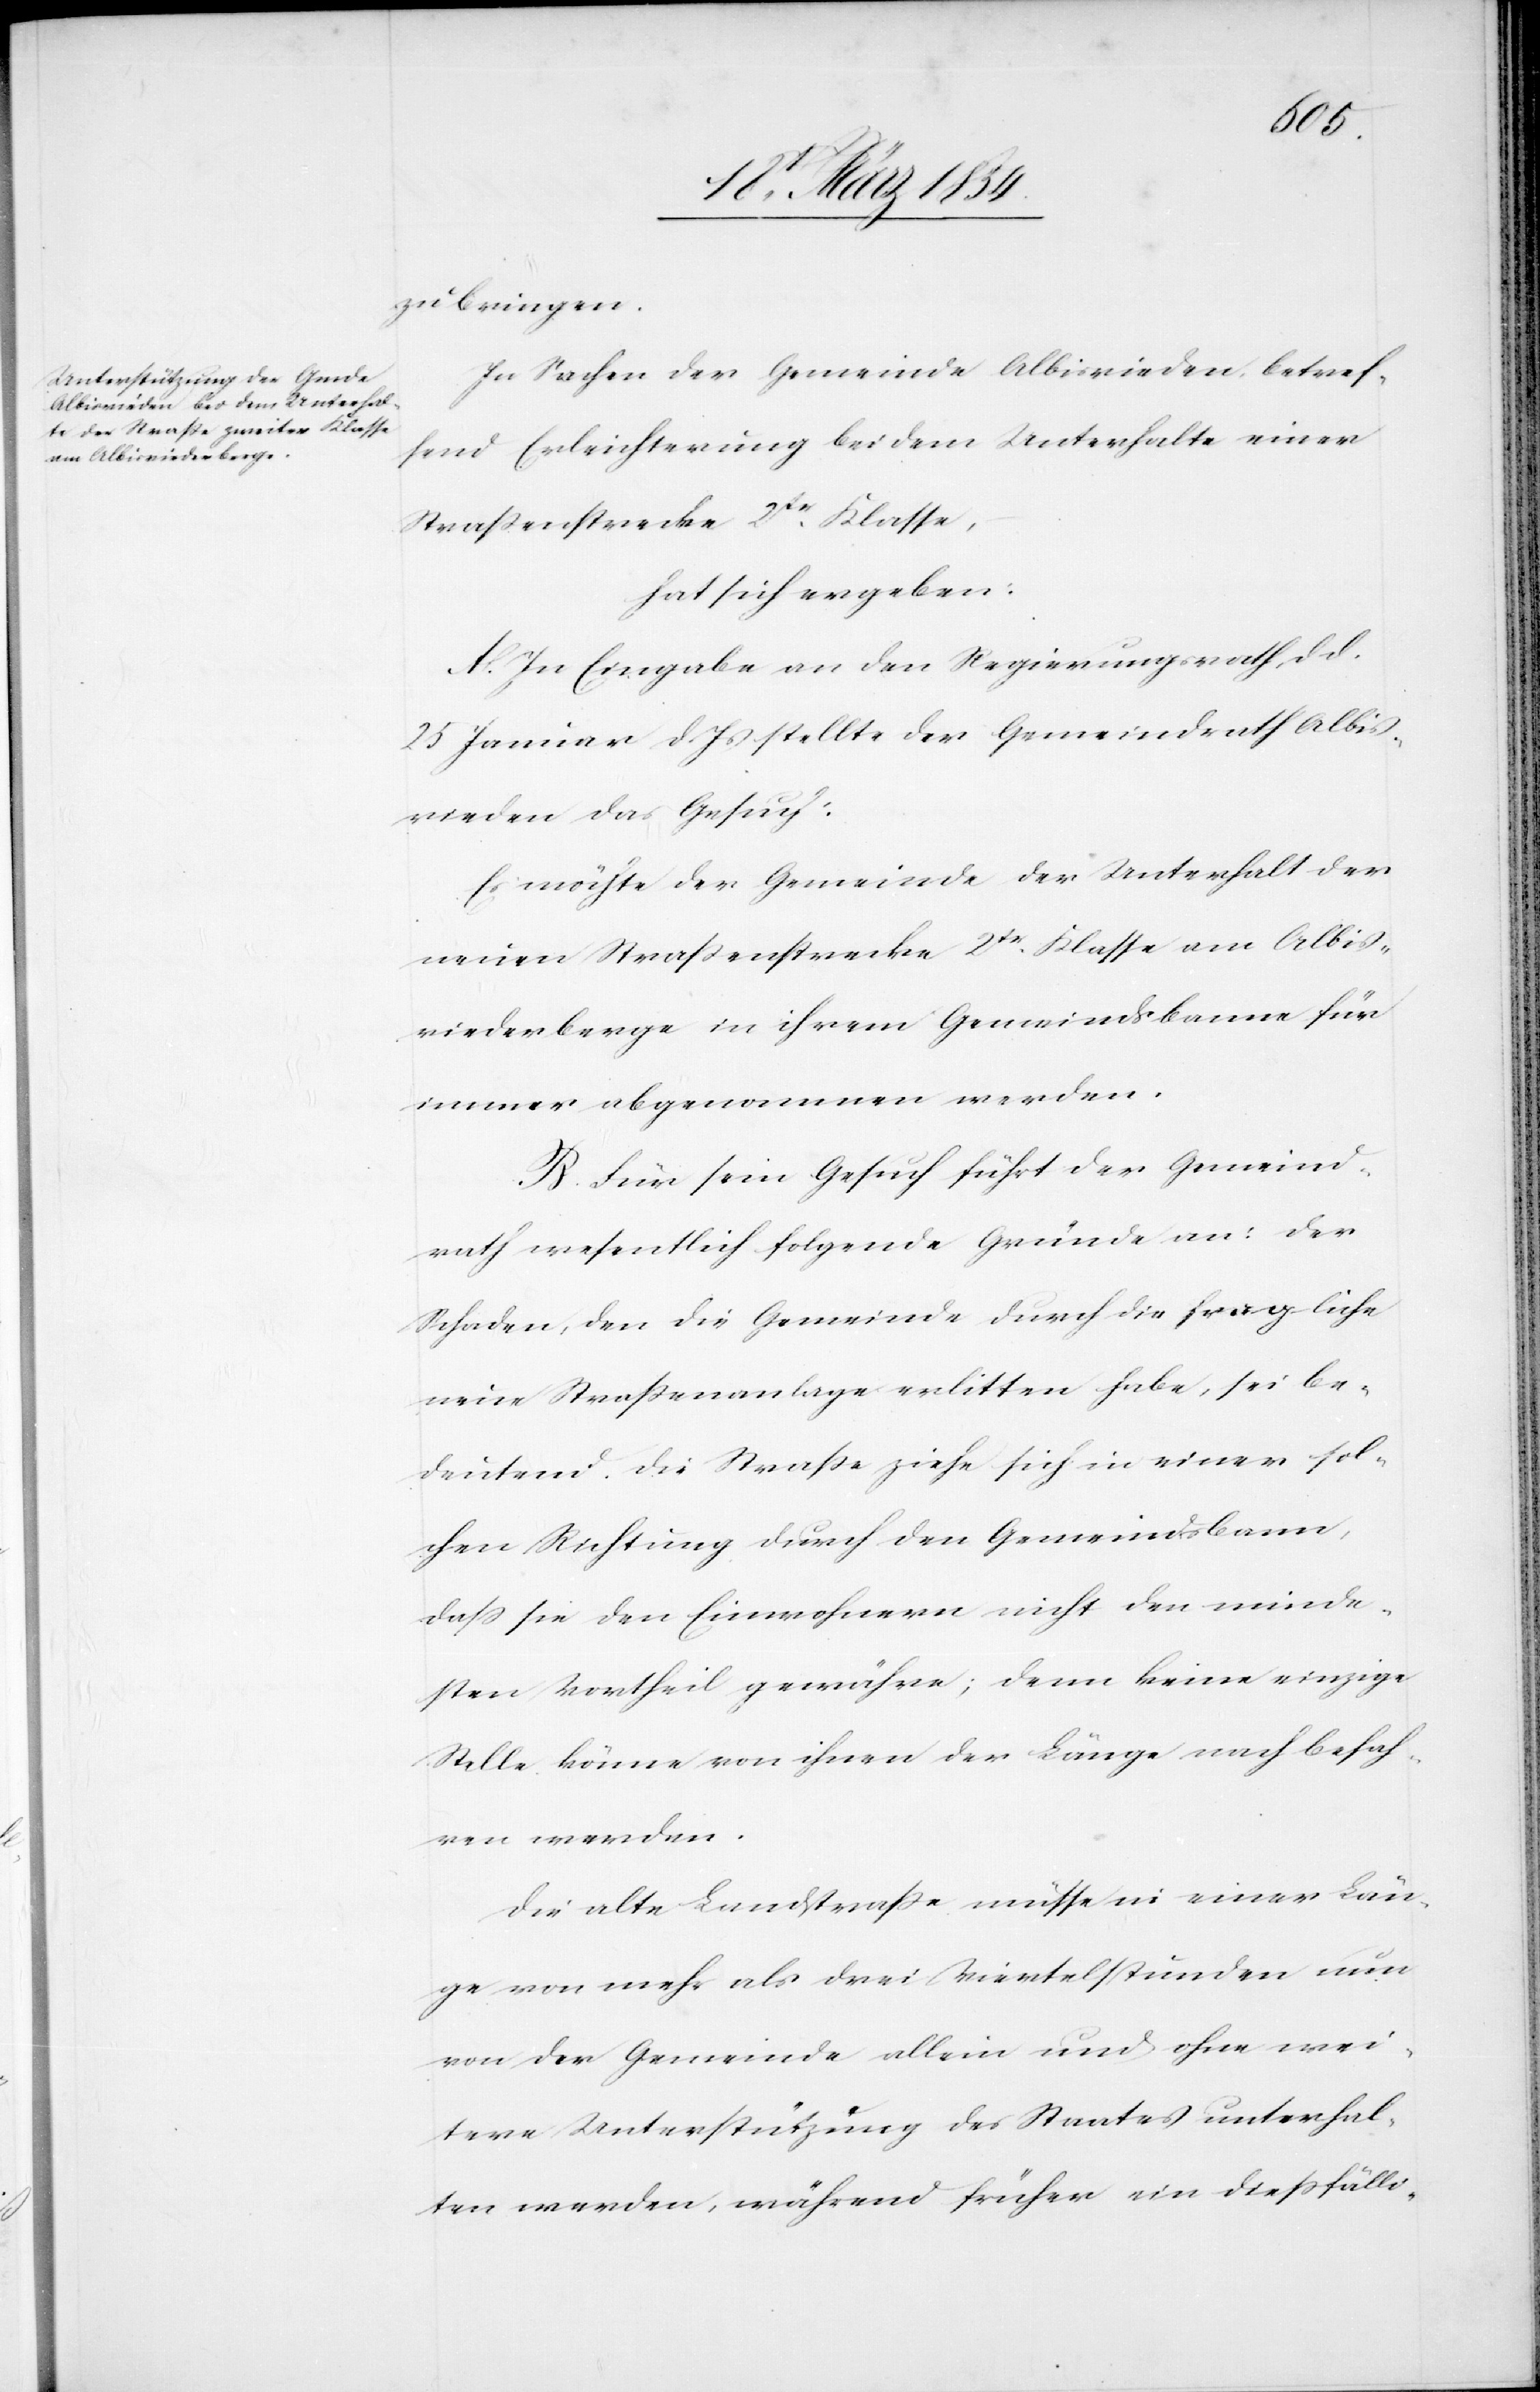
zu bringen.
In Sachen der Gemeinde Albisrieden, betref¬
fend Erleichterung bei dem Unterhalte einer
Straßenstrecke 2tr Klasse,
hat sich ergeben:
A. In Eingabe an den Regierungsrath, d. d.
25 Januar d. Js stellte der Gemeindrath Albis¬
rieden das Gesuch:
Es möchte der Gemeinde der Unterhalt der
neuen Straßenstrecke 2tr Klasse am Albis¬
riederberge in ihrem Gemeindsbanne für
immer abgenommen werden.
B. Für sein Gesuch führt der Gemeind¬
rath wesentlich folgende Gründe an: Der
Schaden, den die Gemeinde durch die fragliche
neue Straßenanlage erlitten habe, sei be¬
deutend. Die Strecke ziehe sich in einer sol¬
chen Richtung durch den Gemeindsbanne,
daß sie den Einwohnern nicht den minde¬
sten Vortheil gewähre; denn keine einzige
Stelle könne von ihnen der Länge nach befah¬
ren werden.
Die alte Landstraße müsse in einer Län¬
ge von mehr als drei Viertelstunden nun
von der Gemeinde allein und ohne wei¬
tere Unterstützung des Staates unterhal¬
ten werden, während früher ein diesfälli-